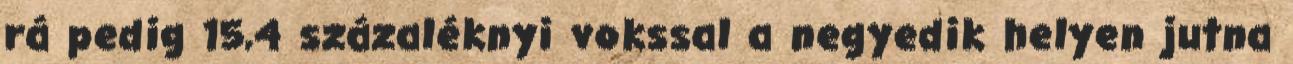
rá pedig 15,4 százaléknyi vokssal a negyedik helyen jutna